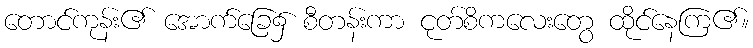
တောင်ကုန်း၏ အောက်ခြေ၌ စီတန်းကာ ငုတ်စိကလေးတွေ ထိုင်နေကြ၏။